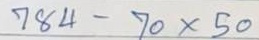
784 - 70 x 50